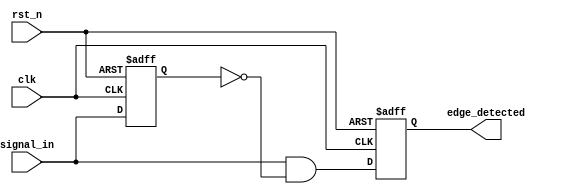
module edge_detector (
    input wire clk,            // Clock signal
    input wire rst_n,         // Asynchronous reset (active low)
    input wire signal_in,     // Input signal to detect edges
    output reg edge_detected   // Output signal for edge detection
);
    
    reg previous_state; // Register to hold the previous state of the input signal

    always @(posedge clk or negedge rst_n) begin
        if (!rst_n) begin
            previous_state <= 1'b0; // Initialize the previous state to low
            edge_detected <= 1'b0;   // Initialize the edge detected output
        end else begin
            // Edge detection logic
            edge_detected <= (signal_in && !previous_state); // Set edge_detected high on rising edge
            previous_state <= signal_in; // Update previous state to current state
        end
    end

endmodule